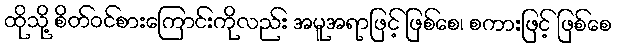
ထိုသို့ စိတ်ဝင်စားကြောင်းကိုလည်း အမူအရာဖြင့် ဖြစ်စေ၊ စကားဖြင့် ဖြစ်စေ